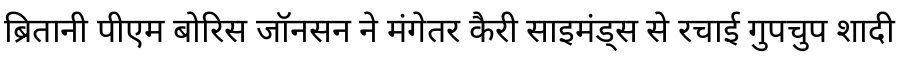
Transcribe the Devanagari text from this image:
ब्रितानी पीएम बोरिस जॉनसन ने मंगेतर कैरी साइमंड्स से रचाई गुपचुप शादी